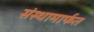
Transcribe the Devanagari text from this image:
संस्थामार्फत